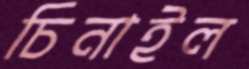
চিনাইল